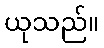
ယုသည်။